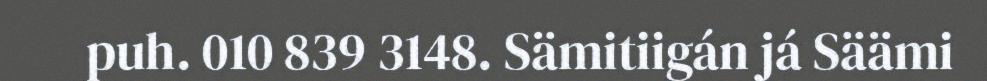
puh. 010 839 3148. Sämitiigán já Säämi